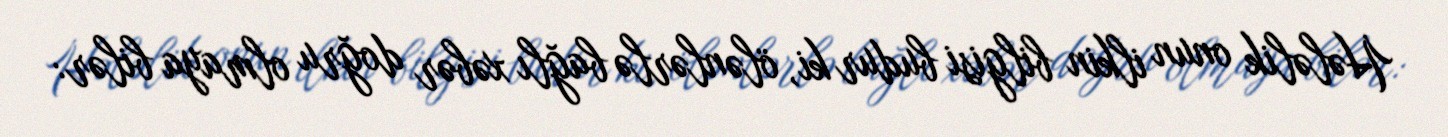
Hələlik onun ilkin bilgisi budur ki, ölənlərlə bağlı xəbər doğru olmaya bilər: